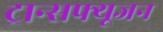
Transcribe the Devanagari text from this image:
ट्रान्सफ्यूजन